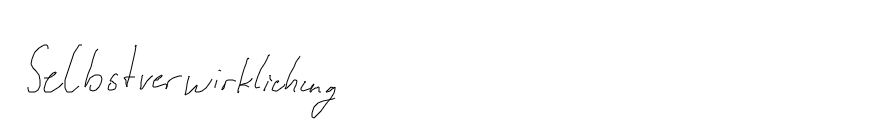
Selbstverwirklichung